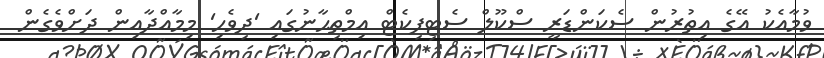
ވުމާއެކު އޭގެ އިތުރުން ސެކަންޑަރީ ސްކޫލް ސެޓިފިކެޓް އިމްތިޙާނުގައި 'ދިވެހި' މިމާއްދާއިން ދަށްވެގެން